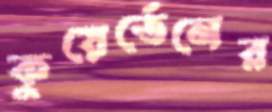
কুয়ের্তেনের